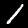
Label: 1